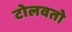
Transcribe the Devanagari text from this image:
टोलवतो